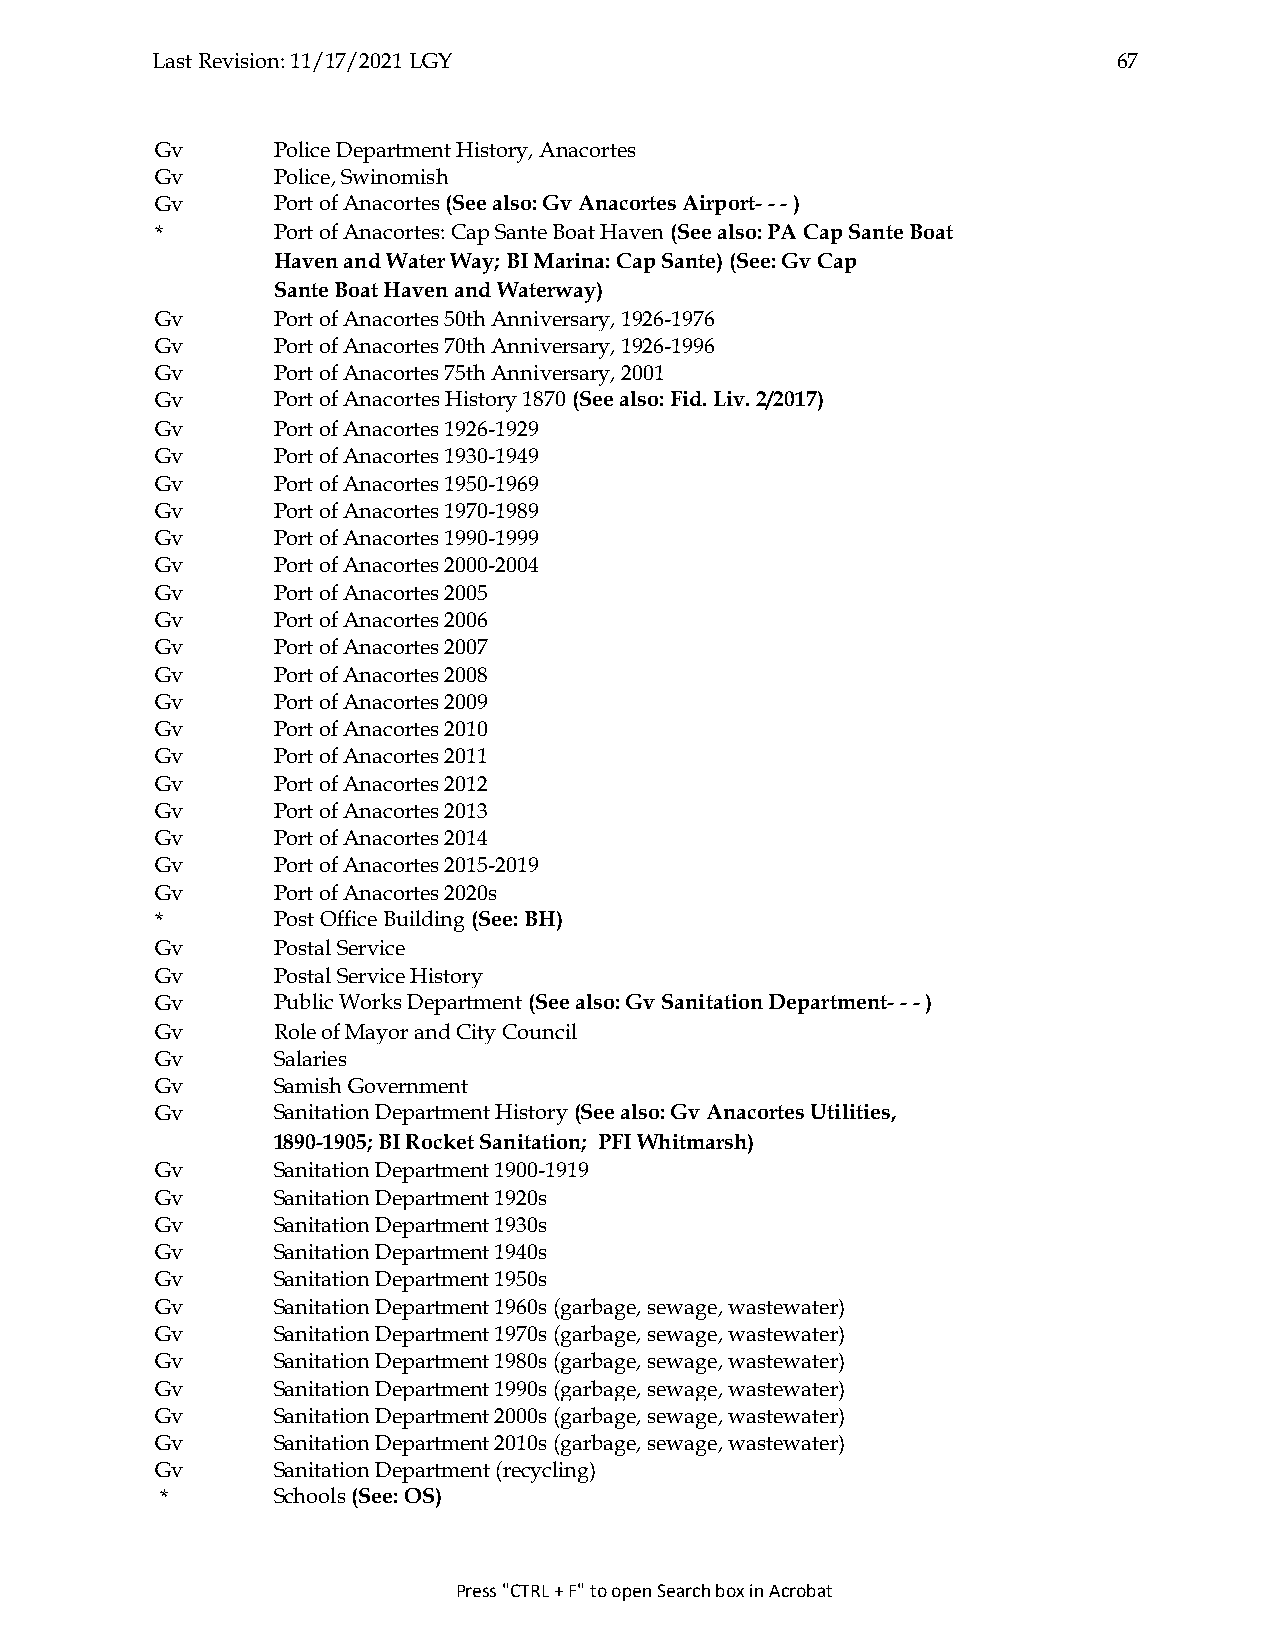
Last Revision: 11/17/2021 LGY                                   67
 Gv      Police Department History, Anacortes
 Gv      Police, Swinomish
 Gv      Port of Anacortes (See also: Gv Anacortes Airport- - - )
 *       Port of Anacortes: Cap Sante Boat Haven (See also: PA Cap Sante Boat
 Haven and Water Way; BI Marina: Cap Sante) (See: Gv Cap
 Sante Boat Haven and Waterway)
 Gv      Port of Anacortes 50th Anniversary, 1926-1976
 Gv      Port of Anacortes 70th Anniversary, 1926-1996
 Gv      Port of Anacortes 75th Anniversary, 2001
 Gv      Port of Anacortes History 1870 (See also: Fid. Liv. 2/2017)
 Gv      Port of Anacortes 1926-1929
 Gv      Port of Anacortes 1930-1949
 Gv      Port of Anacortes 1950-1969
 Gv      Port of Anacortes 1970-1989
 Gv      Port of Anacortes 1990-1999
 Gv      Port of Anacortes 2000-2004
 Gv      Port of Anacortes 2005
 Gv      Port of Anacortes 2006
 Gv      Port of Anacortes 2007
 Gv      Port of Anacortes 2008
 Gv      Port of Anacortes 2009
 Gv      Port of Anacortes 2010
 Gv      Port of Anacortes 2011
 Gv      Port of Anacortes 2012
 Gv      Port of Anacortes 2013
 Gv      Port of Anacortes 2014
 Gv      Port of Anacortes 2015-2019
 Gv      Port of Anacortes 2020s
 *       Post Office Building (See: BH)
 Gv      Postal Service
 Gv      Postal Service History
 Gv      Public Works Department (See also: Gv Sanitation Department- - - )
 Gv      Role of Mayor and City Council
 Gv      Salaries
 Gv      Samish Government
 Gv      Sanitation Department History (See also: Gv Anacortes Utilities,
 1890-1905; BI Rocket Sanitation; PFI Whitmarsh)
 Gv      Sanitation Department 1900-1919
 Gv      Sanitation Department 1920s
 Gv      Sanitation Department 1930s
 Gv      Sanitation Department 1940s
 Gv      Sanitation Department 1950s
 Gv      Sanitation Department 1960s (garbage, sewage, wastewater)
 Gv      Sanitation Department 1970s (garbage, sewage, wastewater)
 Gv      Sanitation Department 1980s (garbage, sewage, wastewater)
 Gv      Sanitation Department 1990s (garbage, sewage, wastewater)
 Gv      Sanitation Department 2000s (garbage, sewage, wastewater)
 Gv      Sanitation Department 2010s (garbage, sewage, wastewater)
 Gv      Sanitation Department (recycling)
 *      Schools (See: OS)
 Press "CTRL + F" to open Search box in Acrobat